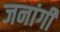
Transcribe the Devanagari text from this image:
जनांगी